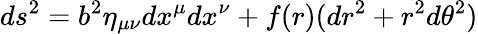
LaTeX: ds^{2}=b^{2}\eta_{\mu\nu}dx^{\mu}dx^{\nu}+f(r)(dr^{2}+r^{2}d\theta^{2})